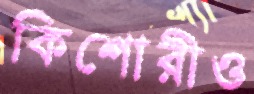
কিশোরীও